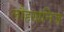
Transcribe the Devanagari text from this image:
लौहखनिज